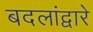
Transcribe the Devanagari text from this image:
बदलांद्वारे